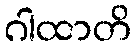
ဂါထာတိ